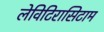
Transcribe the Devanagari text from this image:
लेविटिरासिटाम